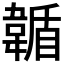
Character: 𩏋